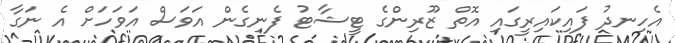
އެހިނދު ފައިކައިރީގައި އޮތް ޒޫރިންގެ ޓީޝާޓު ފެނިގެން އަވަސް އަވަހަށް އެ ނަގާ